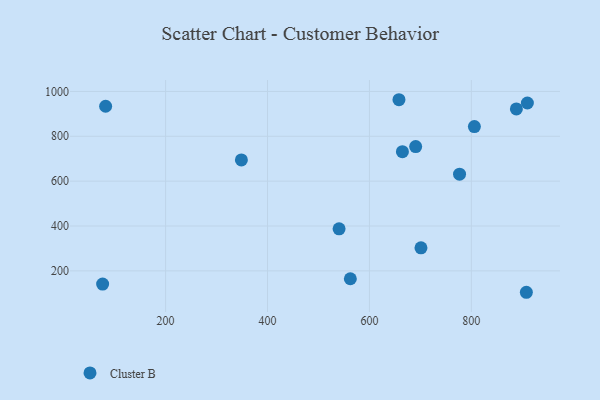
{"axis": {"x": "Ad Spend", "y": "Sales"}, "legend": ["Cluster B"], "data": [{"x": "664.7", "y": 731.2, "type": "Cluster B"}, {"x": "82.3", "y": 934.0, "type": "Cluster B"}, {"x": "76.4", "y": 141.2, "type": "Cluster B"}, {"x": "540.4", "y": 387.4, "type": "Cluster B"}, {"x": "888.3", "y": 922.1, "type": "Cluster B"}, {"x": "701.1", "y": 302.6, "type": "Cluster B"}, {"x": "909.9", "y": 948.3, "type": "Cluster B"}, {"x": "907.9", "y": 104.6, "type": "Cluster B"}, {"x": "805.9", "y": 843.5, "type": "Cluster B"}, {"x": "776.8", "y": 630.9, "type": "Cluster B"}, {"x": "562.5", "y": 165.0, "type": "Cluster B"}, {"x": "690.7", "y": 754.0, "type": "Cluster B"}, {"x": "657.9", "y": 963.0, "type": "Cluster B"}, {"x": "348.7", "y": 694.7, "type": "Cluster B"}]}